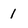
Character: 1